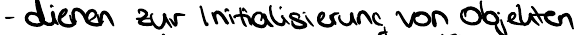
- dienen zur Initialisierung von Objekten